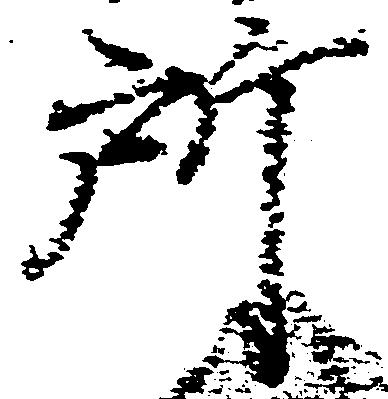
所